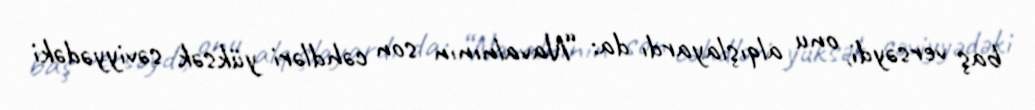
baş versəydi, onu alqışlayardı da: “Navalnının son cəhdləri yüksək səviyyədəki